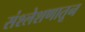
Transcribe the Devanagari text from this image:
संश्लेशणातून